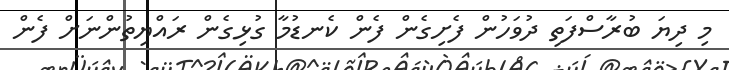
މި ދިޔަ ބުރާސްފަތި ދުވަހުން ފެށިގެން ފެން ކެނޑުމާ ގުޅިގެން ރައްޔިތުންނަށް ފެން